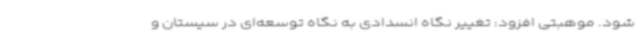
شود. موهبتی افزود: تغییر نگاه انسدادی به نگاه توسعه‌ای در سیستان و